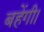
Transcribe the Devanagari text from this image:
बहेंगी।